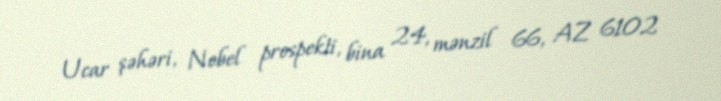
Ucar şəhəri, Nobel prospekti, bina 24, mənzil 66, AZ 6102